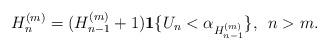
LaTeX: \begin{align*}H_n^{(m)}=(H_{n-1}^{(m)}+1){\bf1}\{U_n<\alpha_{H_{n-1}^{(m)}}\},\,\,\,n> m.\end{align*}